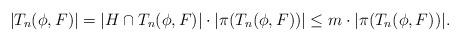
LaTeX: \begin{align*}|T_n(\phi,F)|=|H\cap T_n(\phi,F)|\cdot|\pi(T_n(\phi,F))|\leq m\cdot |\pi(T_n(\phi,F))|.\end{align*}